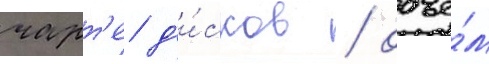
чарт'е д'и́сков / объе́м